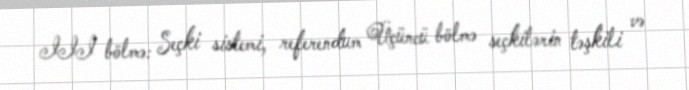
III bölmə: Seçki sistemi, referendum Üçüncü bölmə seçkilərin təşkili və